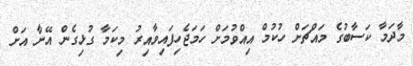
މާދަމާ ކަސާބުގެ މައްޗަށް ހުކުމް އިއްވުމަށް ހަމަޖެހިފައިވާއިރު މިކަމާ ގުޅިގެން އޭނާ އަށް